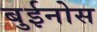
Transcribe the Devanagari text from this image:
बुईनोस